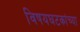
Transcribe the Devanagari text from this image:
विषयघटकांच्या